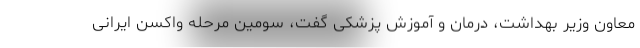
معاون وزیر بهداشت، درمان و آموزش پزشکی گفت، سومین مرحله واکسن ایرانی